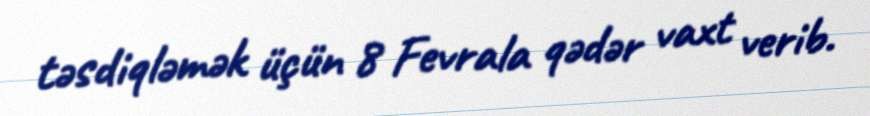
təsdiqləmək üçün 8 Fevrala qədər vaxt verib.